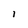
Character: I